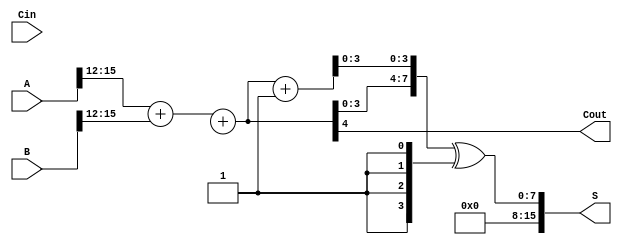
module han_carlson_adder #(parameter N = 16, // Total bit width
                            parameter K = 4)  // Segment size
(
    input  [N-1:0] A,      // First input
    input  [N-1:0] B,      // Second input
    input          Cin,     // Carry-in
    output [N-1:0] S,      // Sum output
    output         Cout     // Carry-out
);

    localparam SEGMENTS = N / K; // Number of segments
    wire [K:0] carry [0:SEGMENTS]; // Carry outputs for each segment
    wire [K-1:0] sum0 [0:SEGMENTS-1]; // Sums assuming carry-in = 0
    wire [K-1:0] sum1 [0:SEGMENTS-1]; // Sums assuming carry-in = 1

    // Generate partial sums and carry for each segment
    genvar i;
    generate
        for (i = 0; i < SEGMENTS; i = i + 1) begin : segment
            wire [K-1:0] A_seg = A[(i+1)*K-1:i*K];
            wire [K-1:0] B_seg = B[(i+1)*K-1:i*K];

            // Compute sums and carries for both cases
            assign {carry[i][K], sum0[i]} = A_seg + B_seg + carry[i-1][K-1:0];
            assign {carry[i][K], sum1[i]} = A_seg + B_seg + carry[i-1][K-1:0] + 1;

            // Handle the first segment's carry-in
            if (i == 0) begin
                assign carry[i][0] = Cin;
            end
        end
    endgenerate

    // Select the correct sum and carry-out based on the carry-in
    assign S = {sum0[SEGMENTS-1], sum1[SEGMENTS-1]} ^ {K{carry[SEGMENTS-1][0]}};
    assign Cout = carry[SEGMENTS-1][K];

endmodule